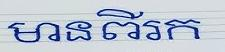
មានពីរក